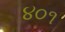
૪૦૧